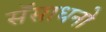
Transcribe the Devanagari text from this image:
सॅसाधनो